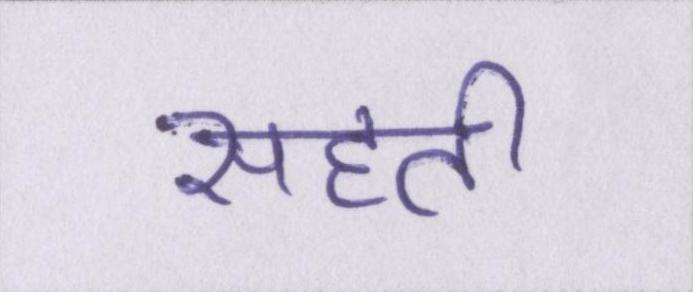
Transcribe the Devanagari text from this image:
सहती